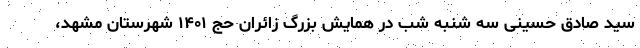
سید صادق حسینی سه شنبه شب در همایش بزرگ زائران حج ۱۴۰۱ شهرستان مشهد،